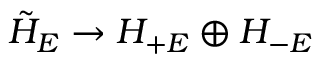
\tilde { H } _ { E } \rightarrow H _ { + E } \oplus H _ { - E }